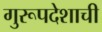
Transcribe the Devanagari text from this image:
गुरूपदेशाची